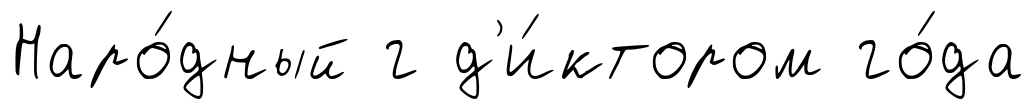
Наро́дный г д'и́ктором го́да